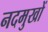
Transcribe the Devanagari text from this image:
नदमुखों